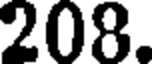
208.